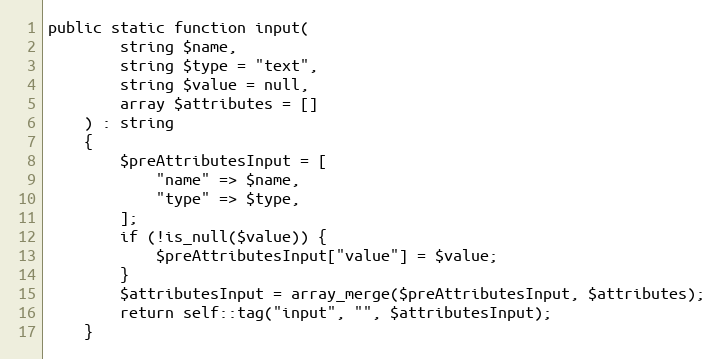
Language: PHP
public static function input(
        string $name,
        string $type = "text",
        string $value = null,
        array $attributes = []
    ) : string
    {
        $preAttributesInput = [
            "name" => $name,
            "type" => $type,
        ];
        if (!is_null($value)) {
            $preAttributesInput["value"] = $value;
        }
        $attributesInput = array_merge($preAttributesInput, $attributes);
        return self::tag("input", "", $attributesInput);
    }